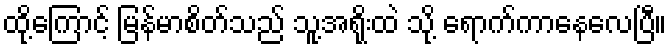
ထို့ကြောင့် မြန်မာစိတ်သည် သူ့အရိုးထဲ သို့ ရောက်ကာနေလေပြီ။